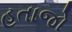
હતાજો